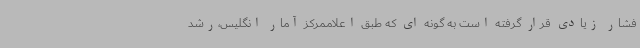
فشار زیادی قرار گرفته است به گونه ای که طبق اعلاممرکز آمار انگلیس،رشد